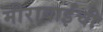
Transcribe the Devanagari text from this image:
मीराबाईंची